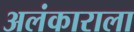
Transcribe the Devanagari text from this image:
अलंकाराला